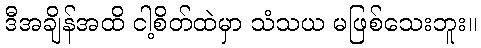
ဒီအချိန်အထိ ငါ့စိတ်ထဲမှာ သံသယ မဖြစ်သေးဘူး။